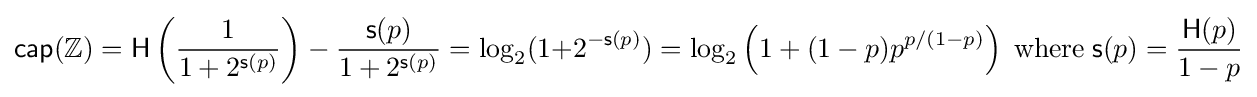
{\mathsf {cap}}(\mathbb {Z} )={\mathsf {H}}\left({\frac {1}{1+2^{{\mathsf {s}}(p)}}}\right)-{\frac {{\mathsf {s}}(p)}{1+2^{{\mathsf {s}}(p)}}}=\log _{2}(1{+}2^{-{\mathsf {s}}(p)})=\log _{2}\left(1+(1-p)p^{p/(1-p)}\right)\;{\textrm {where}}\;{\mathsf {s}}(p)={\frac {{\mathsf {H}}(p)}{1-p}}